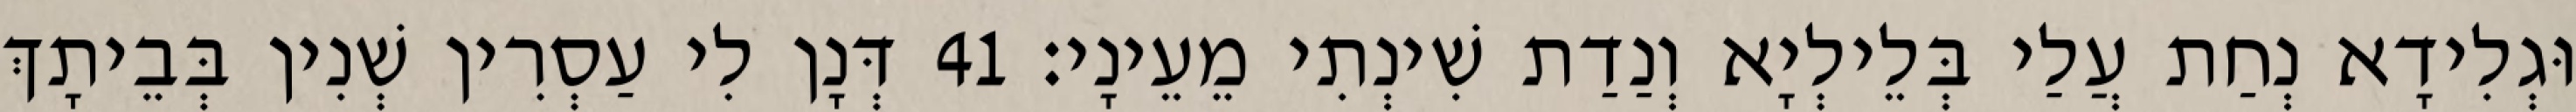
וּגְלִידָא נְחַת עֲלַי בְּלֵילְיָא וְנַדַת שִׁינְתִי מֵעֵינָי׃ 41 דְּנָן לִי עַסְרִין שְׁנִין בְּבֵיתָךְ